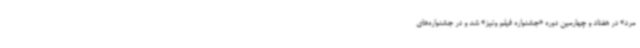
مرد» در هفتاد و چهارمین دوره «جشنواره فیلم ونیز» شد و در جشنواره‌های